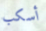
أسكب